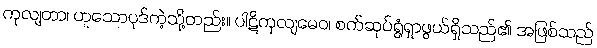
ကုလျတာ၊ ဟူသောပုဒ်ကဲ့သို့တည်း။ ပါဋိကုလျမေဝ၊ စက်ဆုပ်ရွံရှာဖွယ်ရှိသည်၏ အဖြစ်သည်